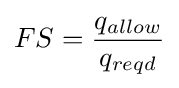
FS={\frac {q_{allow}}{q_{reqd}}}